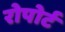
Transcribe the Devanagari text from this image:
रोपोर्ट